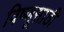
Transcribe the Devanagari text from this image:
विष्णूसाठी